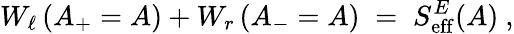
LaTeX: W_{\ell}\left(A_{+}=A\right)+W_{r}\left(A_{-}=A\right)\; =\; S_{\mathrm{eff}}^{E}(A)~,